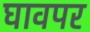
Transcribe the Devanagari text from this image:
घावपर